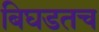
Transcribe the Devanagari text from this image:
बिघडतच